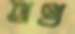
অথ